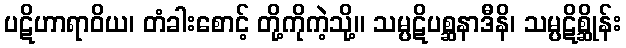
ပဋိဟာရာဝိယ၊ တံခါးစောင့် တို့ကိုကဲ့သို့။ သမ္ပဋိပစ္ဆနာဒီနိ၊ သမ္ပဋိစ္ဆိုန်း